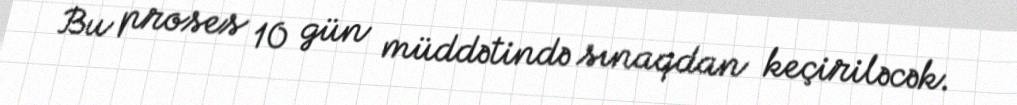
Bu proses 10 gün müddətində sınaqdan keçiriləcək.